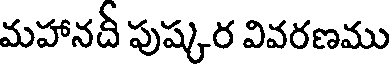
మహానదీ పుష్కర వివరణము